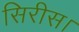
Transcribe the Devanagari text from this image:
सिरीस।